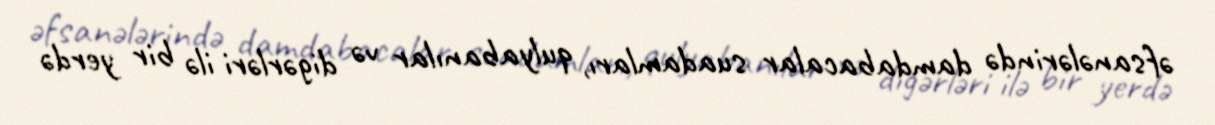
əfsanələrində damdabacalar suadamları, qulyabanılar və digərləri ilə bir yerdə